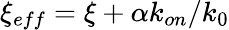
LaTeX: \xi_{eff}=\xi+\alpha k_{on}/k_{0}